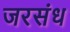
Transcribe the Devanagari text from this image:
जरसंध